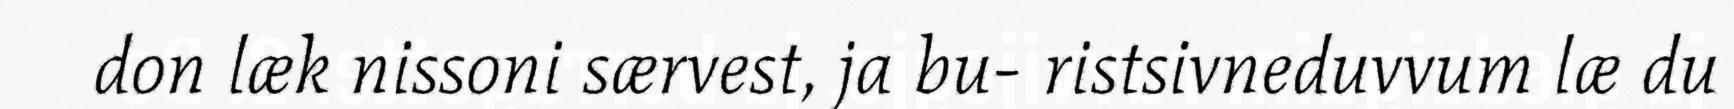
don læk nissoni særvest, ja bu- ristsivneduvvum læ du